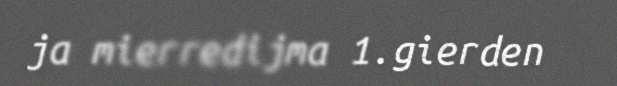
ja mierredijma 1.gierden